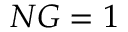
N G = 1